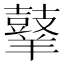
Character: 𪔙